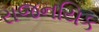
રાજનયિક